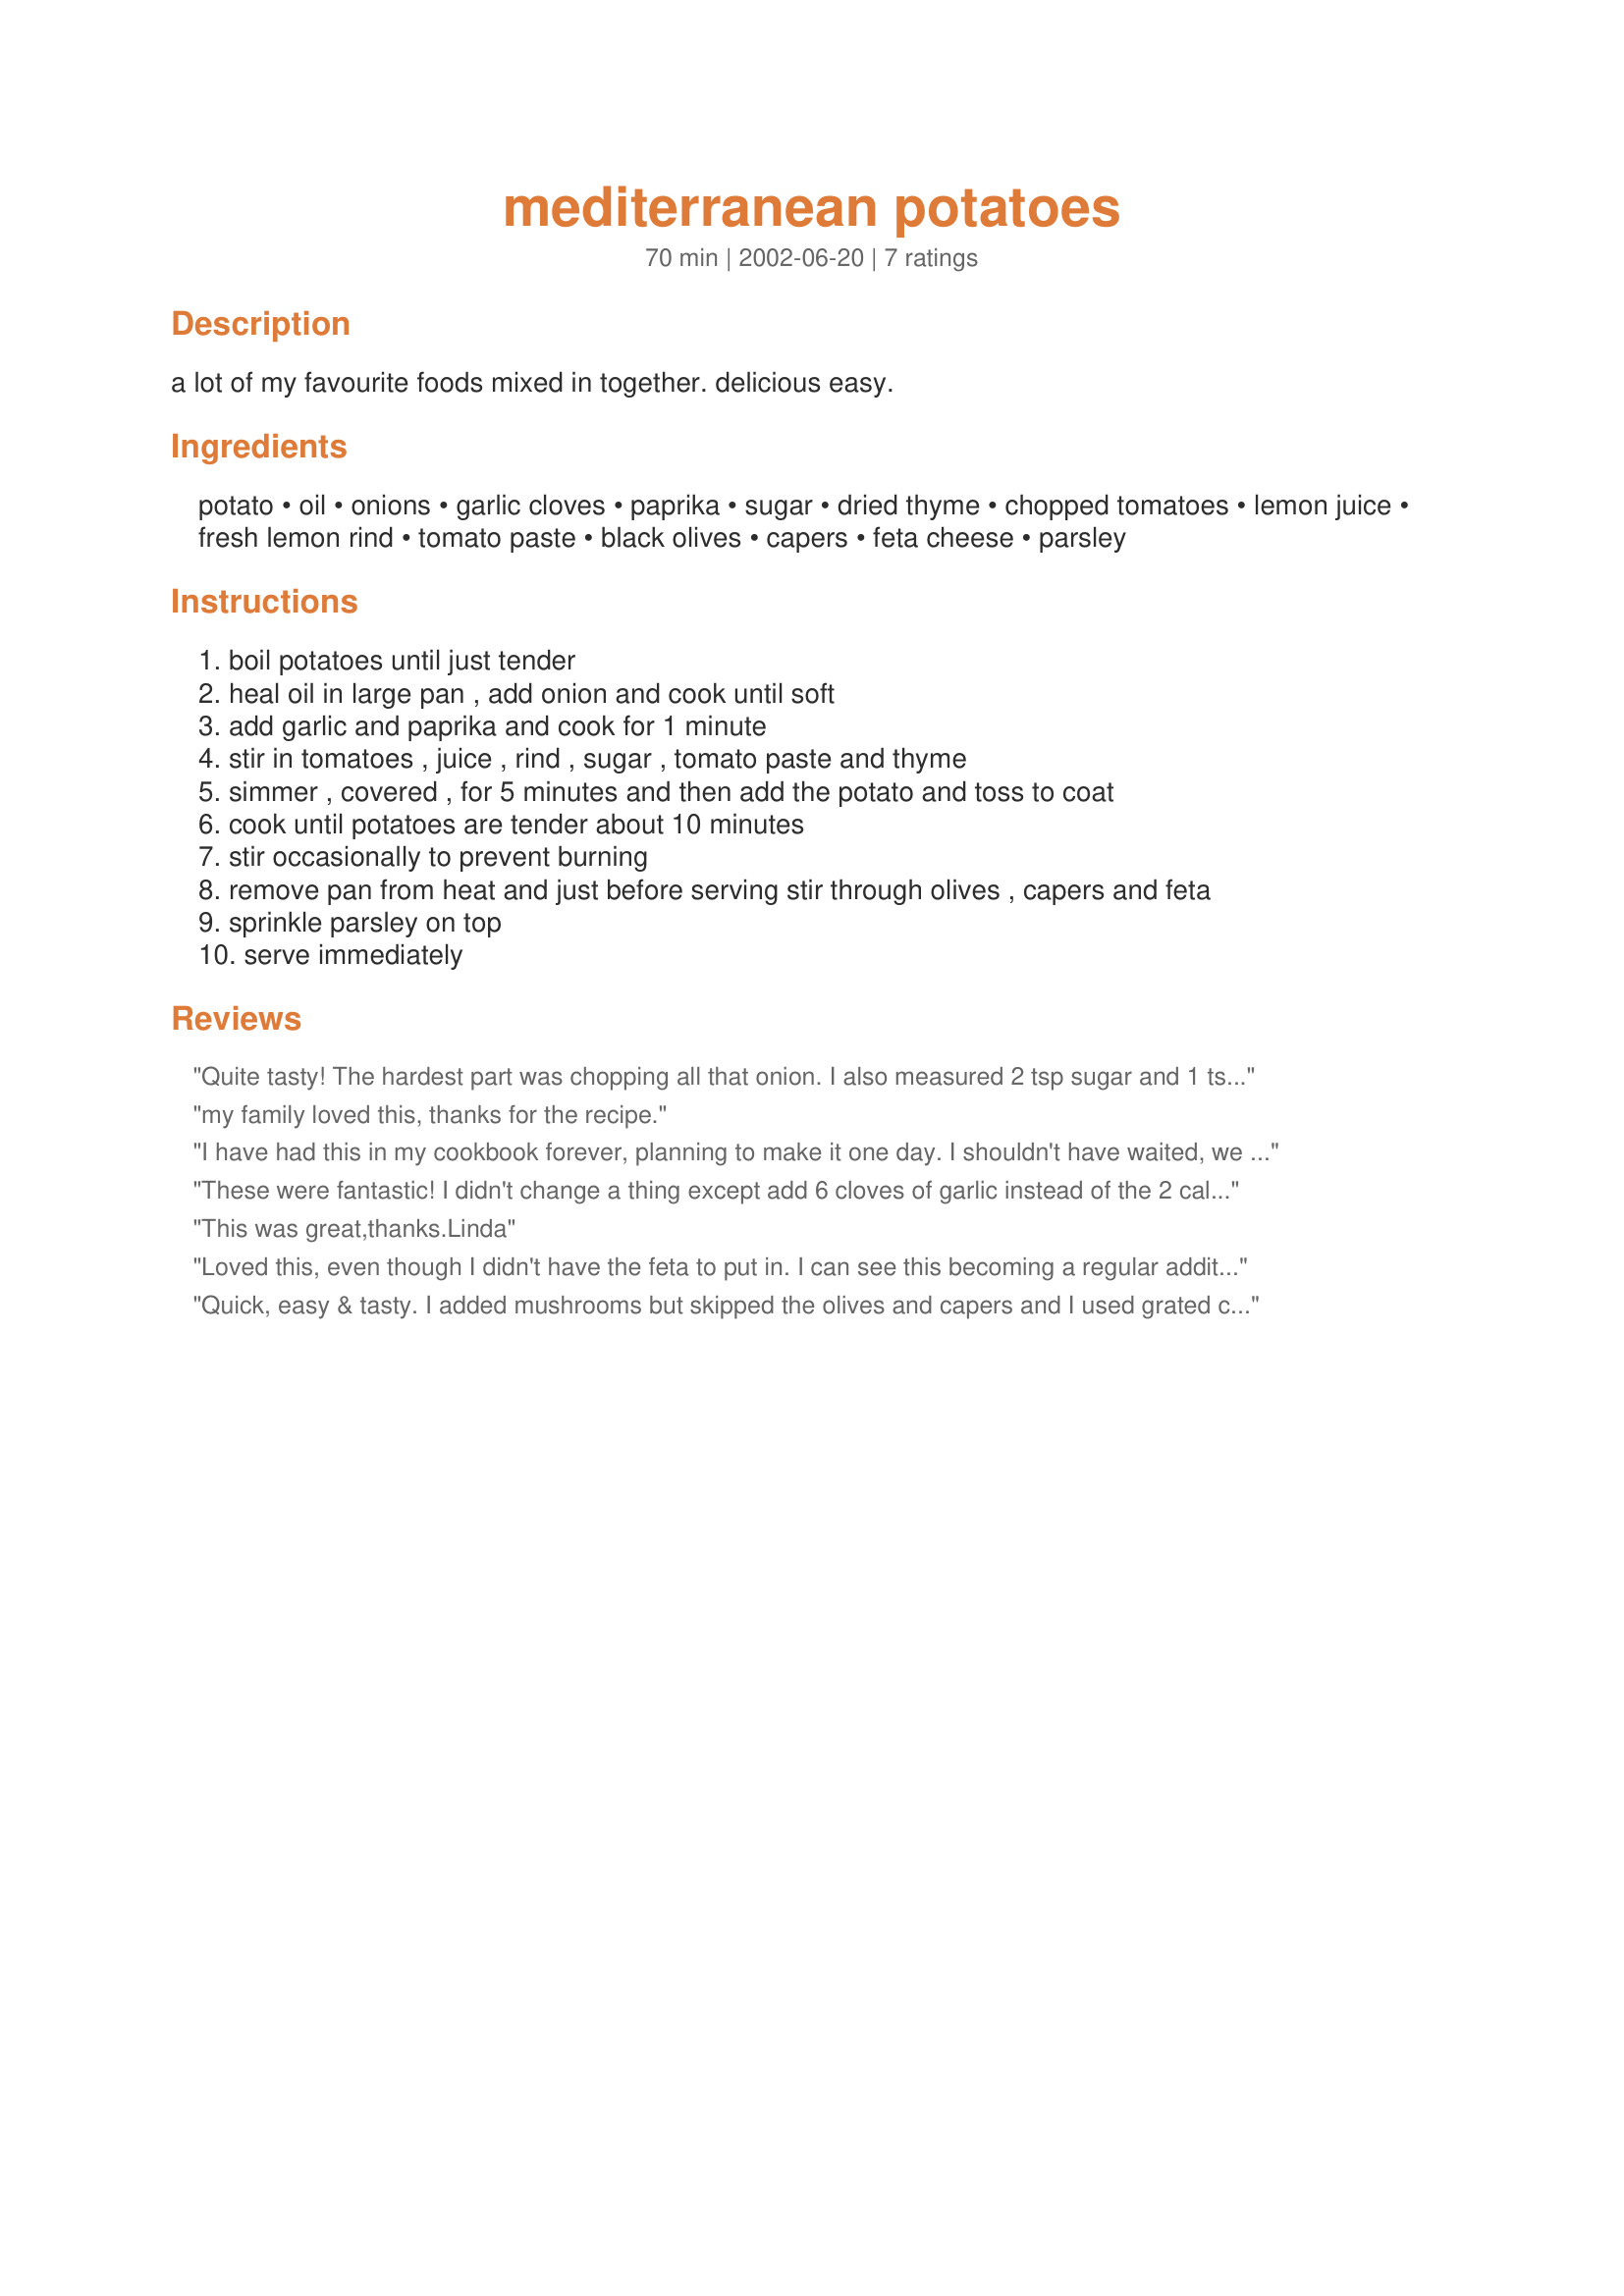
mediterranean potatoes
Preparation time: 70 minutes

a lot of my favourite foods mixed in together. delicious easy.

Ingredients:
potato, oil, onions, garlic cloves, paprika, sugar, dried thyme, chopped tomatoes, lemon juice, fresh lemon rind, tomato paste, black olives, capers, feta cheese, parsley

Steps:
boil potatoes until just tender
heal oil in large pan , add onion and cook until soft
add garlic and paprika and cook for 1 minute
stir in tomatoes , juice , rind , sugar , tomato paste and thyme
simmer , covered , for 5 minutes and then add the potato and toss to coat
cook until potatoes are tender about 10 minutes
stir occasionally to prevent burning
remove pan from heat and just before serving stir through olives , capers and feta
sprinkle parsley on top
serve immediately

Reviews:
Quite tasty! The hardest part was chopping all that onion. I also measured 2 tsp sugar and 1 tsp thyme and that seems fine. Next time I think I'll add chicken breast and a nice salad on the side and make a full meal of it. Thanks! =)
my family loved this, thanks for the recipe.
I have had this in my cookbook forever, planning to make it one day. I shouldn't have waited, we loved this so much. It's really simple and fast to make if you do all the other stuff whilst the potatoes are cooking, I had it on the table in about 25 minutes! Full of all the flavours we enjoy, we'll be having this again soon. Just a note, there's thyme and sugar listed in the method, but not in the ingredients. I used about 1 teaspoon fresh thyme leaves, and 2 teaspoons sugar. That worked OK.
These were fantastic! I didn't change a thing except add 6 cloves of garlic instead of the 2 called for. I will definitely be making these again. Thanks for posting!
This was great,thanks.Linda
Loved this, even though I didn't have the feta to put in. I can see this becoming a regular addition to our meals. I followed Jans advice with the sugar and thyme, as she said it worked well.
Quick, easy & tasty. I added mushrooms but skipped the olives and capers and I used grated cheddar instead of feta, but still very tasty.
